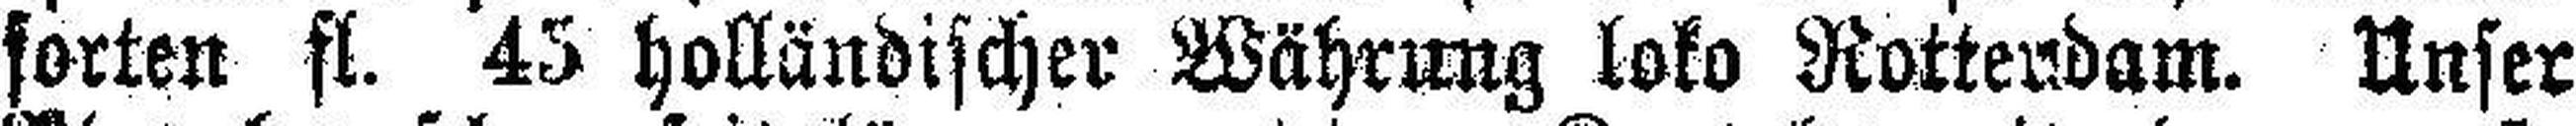
sorten fl. 45 holländischer Währung loko Rotterdam. Unser